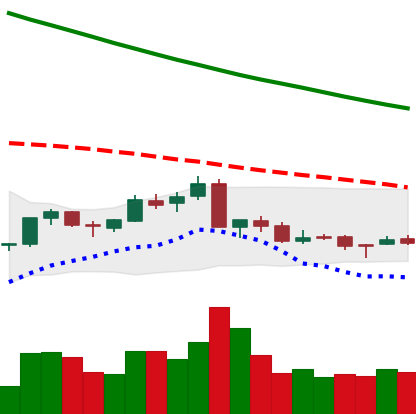
Ticker: NEO-USD
Chart end date: 2018-09-14
Forward return: -4.522%
Label: down_3_5